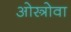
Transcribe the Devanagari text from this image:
ओस्त्रोवा